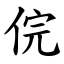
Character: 俒